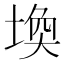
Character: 𪣷